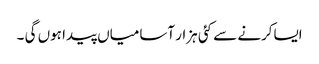
ایساکرنے سے کئی ہزار آسامیاں پیدا ہوں گی ۔